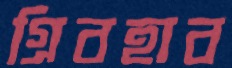
গ্রিবহাব